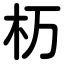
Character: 杤